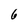
Character: 6